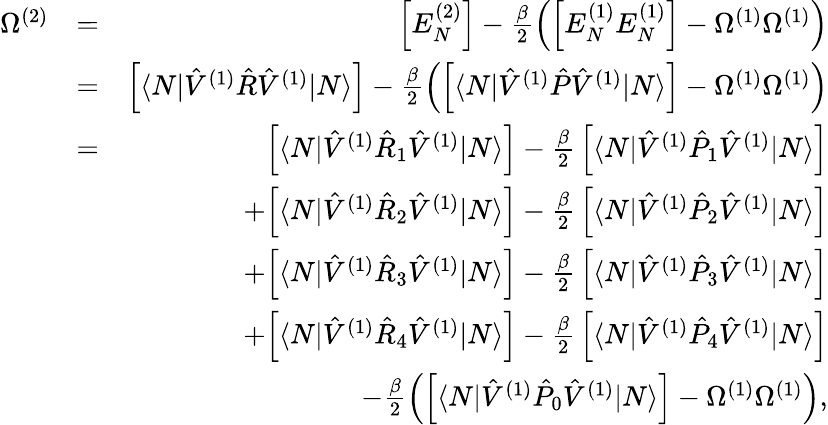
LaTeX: \begin{array}{rlr}{\Omega^{(2)}}&{=}&{\Big[E_{N}^{(2)}\Big]-\frac{\beta}{2}\left(\Big[E_{N}^{(1)}E_{N}^{(1)}\Big]-\Omega^{(1)}\Omega^{(1)}\right)}\\ &{=}&{\Big[\langle N|\hat{V}^{(1)}\hat{R}\hat{V}^{(1)}|N\rangle\Big]-\frac{\beta}{2}\left(\Big[\langle N|\hat{V}^{(1)}\hat{P}\hat{V}^{(1)}|N\rangle\Big]-\Omega^{(1)}\Omega^{(1)}\right)}\\ &{=}&{\Big[\langle N|\hat{V}^{(1)}\hat{R}_{1}\hat{V}^{(1)}|N\rangle\Big]-\frac{\beta}{2}\, \Big[\langle N|\hat{V}^{(1)}\hat{P}_{1}\hat{V}^{(1)}|N\rangle\Big]}\\ &{}&{+\Big[\langle N|\hat{V}^{(1)}\hat{R}_{2}\hat{V}^{(1)}|N\rangle\Big]-\frac{\beta}{2}\, \Big[\langle N|\hat{V}^{(1)}\hat{P}_{2}\hat{V}^{(1)}|N\rangle\Big]}\\ &{}&{+\Big[\langle N|\hat{V}^{(1)}\hat{R}_{3}\hat{V}^{(1)}|N\rangle\Big]-\frac{\beta}{2}\, \Big[\langle N|\hat{V}^{(1)}\hat{P}_{3}\hat{V}^{(1)}|N\rangle\Big]}\\ &{}&{+\Big[\langle N|\hat{V}^{(1)}\hat{R}_{4}\hat{V}^{(1)}|N\rangle\Big]-\frac{\beta}{2}\, \Big[\langle N|\hat{V}^{(1)}\hat{P}_{4}\hat{V}^{(1)}|N\rangle\Big]}\\ &{}&{-\frac{\beta}{2}\left(\Big[\langle N|\hat{V}^{(1)}\hat{P}_{0}\hat{V}^{(1)}|N\rangle\Big]-\Omega^{(1)}\Omega^{(1)}\right),}\end{array}